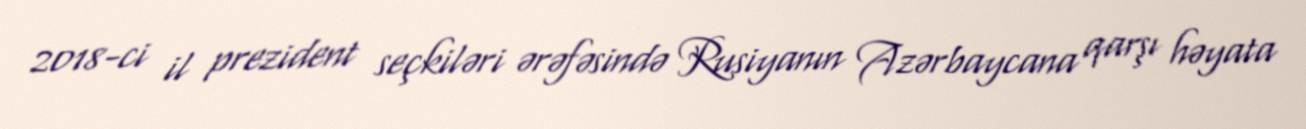
2018-ci il prezident seçkiləri ərəfəsində Rusiyanın Azərbaycana qarşı həyata